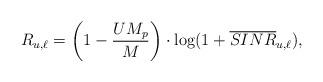
LaTeX: \begin{align*}R_{u,\ell} &= \left(1-\frac{UM_p}{M}\right)\cdot \log(1+\overline{SINR}_{u,\ell}), \end{align*}